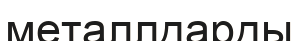
металлдарды